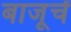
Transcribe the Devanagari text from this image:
बाजूचें